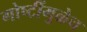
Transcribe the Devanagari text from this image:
गोष्टींमुळेच